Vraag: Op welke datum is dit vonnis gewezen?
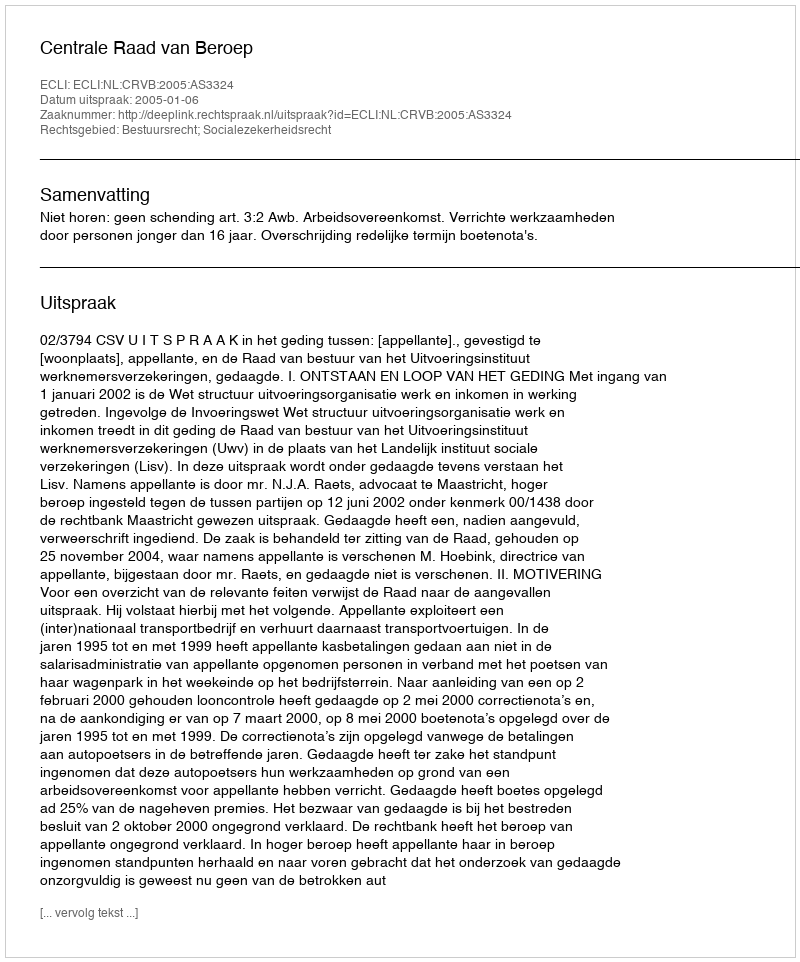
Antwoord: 2005-01-06